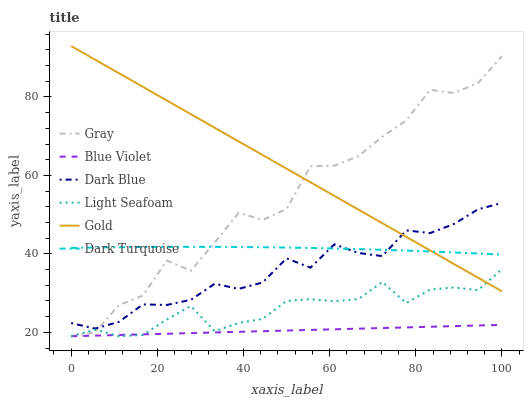
| xaxis_label | Gray | Blue Violet | Dark Blue | Light Seafoam | Gold | Dark Turquoise |
 | --- | --- | --- | --- | --- | --- | --- |
 | 0 | 19 | 19 | 22.4 | 19 | 93 | 41.5 |
 | 5.56 | 20 | 19.2 | 20.9 | 20.7 | 89.5 | 41.6 |
 | 11.1 | 27 | 19.3 | 22.7 | 19 | 86.1 | 41.7 |
 | 16.7 | 29.4 | 19.5 | 27.1 | 19.3 | 82.6 | 41.8 |
 | 22.2 | 38.3 | 19.6 | 27 | 23.3 | 79.1 | 41.8 |
 | 27.8 | 35.7 | 19.8 | 28.3 | 26.7 | 75.6 | 41.8 |
 | 33.3 | 42.9 | 20 | 32.4 | 20.3 | 72.2 | 41.8 |
 | 38.9 | 50.5 | 20.1 | 31.1 | 22.4 | 68.7 | 41.8 |
 | 44.4 | 48.7 | 20.3 | 32.7 | 23.4 | 65.2 | 41.7 |
 | 50 | 51.5 | 20.5 | 38.9 | 28 | 61.7 | 41.6 |
 | 55.6 | 62.3 | 20.6 | 36.5 | 28.5 | 58.3 | 41.5 |
 | 61.1 | 62.5 | 20.8 | 42.5 | 27.9 | 54.8 | 41.4 |
 | 66.7 | 64.9 | 20.9 | 40.2 | 28.5 | 51.3 | 41.2 |
 | 72.2 | 69.9 | 21.1 | 39.4 | 32.8 | 47.8 | 41 |
 | 77.8 | 74.1 | 21.3 | 46 | 27.5 | 44.4 | 40.8 |
 | 83.3 | 81.8 | 21.4 | 45.3 | 30.9 | 40.9 | 40.6 |
 | 88.9 | 81 | 21.6 | 47.6 | 31.4 | 37.4 | 40.4 |
 | 94.4 | 83.6 | 21.7 | 51.4 | 30.7 | 33.9 | 40.1 |
 | 100 | 90.4 | 21.9 | 53 | 36.1 | 30.5 | 39.8 |